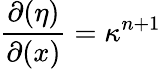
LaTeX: \frac{\partial(\eta)}{\partial(x)}=\kappa^{n+1}